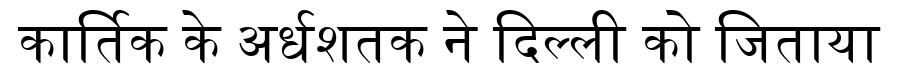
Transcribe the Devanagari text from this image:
कार्तिक के अर्धशतक ने दिल्ली को जिताया